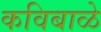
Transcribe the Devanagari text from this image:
कविबाळे